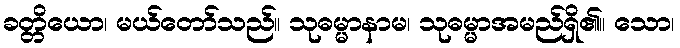
ခတ္တိယော၊ မယ်တော်သည်။ သုဓမ္မာနာမ၊ သုဓမ္မာအမည်ရှိ၏။ သော၊